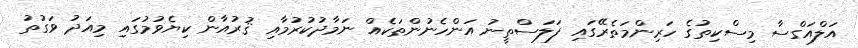
އަލްއަގްސާ މިސްކިތުގެ ހަރިންމަތެރޭގައި ފަލަސްތީނު އަންހެނުންތަކެއް ނަމާދުކުރުމާއި ޤުރުއާން ކިޔެވުމުގައި މިއަދު ވަގުތު